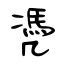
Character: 凴